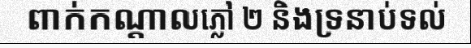
ពាក់កណ្តាលភ្លៅ ២ និងទ្រនាប់ទល់